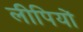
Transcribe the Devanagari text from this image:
लीपियों